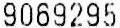
9069295